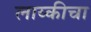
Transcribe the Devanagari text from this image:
लाय्कीचा